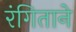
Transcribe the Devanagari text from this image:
रंगिताने